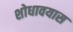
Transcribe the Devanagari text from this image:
शोधावयास